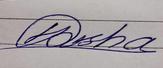
Signature authenticity: genuine